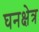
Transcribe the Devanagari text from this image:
घनक्षेत्र